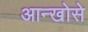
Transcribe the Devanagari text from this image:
आन्खोसे